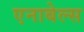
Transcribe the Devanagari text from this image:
एनाबेल्स